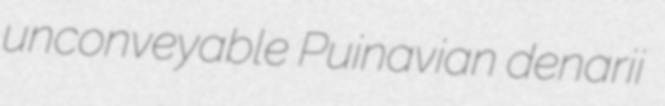
unconveyable Puinavian denarii